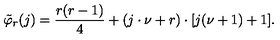
\tilde { \varphi } _ { r } ( j ) = \frac { r ( r - 1 ) } { 4 } + ( j \cdot \nu + r ) \cdot [ j ( \nu + 1 ) + 1 ] .